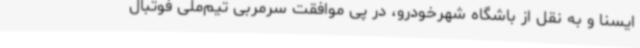
ایسنا و به نقل از باشگاه شهرخودرو، در پی موافقت سرمربی تیم‌ملی فوتبال